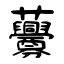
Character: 虋